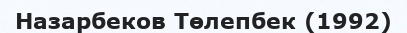
Назарбеков Төлепбек (1992)